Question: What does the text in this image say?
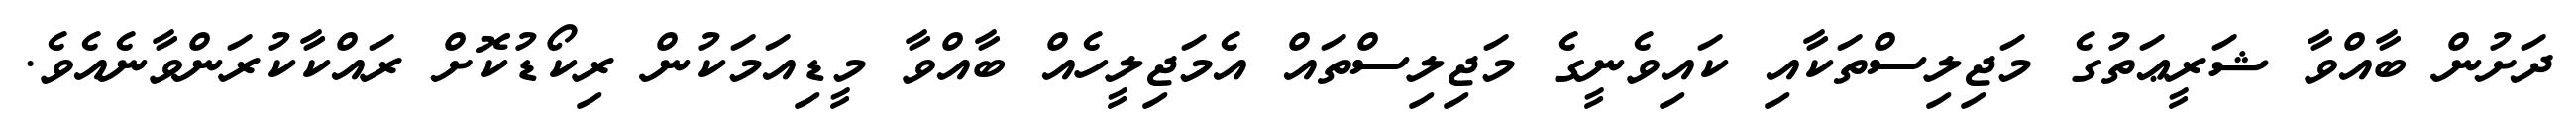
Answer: ދަށުން ބާއްވާ ޝަރީޢަތުގެ މަޖިލިސްތަކާއި ކައިވެނީގެ މަޖިލިސްތައް އެމަޖިލީހެއް ބާއްވާ މީޑިއަމަކުން ރިކޯޑުކޮށް ރައްކާކުރަންވާނެއެވެ.